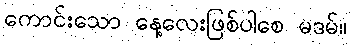
ကောင်းသော နေ့လေးဖြစ်ပါစေ မဒမ်။